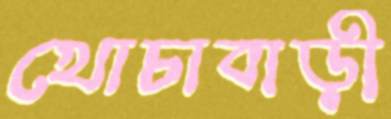
খোচাবাড়ী